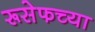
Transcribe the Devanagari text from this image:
रूसेफच्या